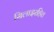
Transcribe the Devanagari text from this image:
सिलाइरहित